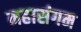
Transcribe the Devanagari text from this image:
महासंगम